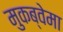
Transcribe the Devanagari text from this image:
मुकब्वेमा